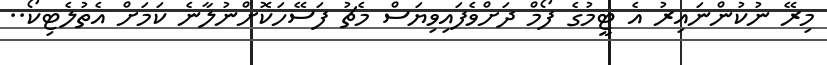
މިރޭ ނުކުންނައިރު އެ ޓީމުގެ ފޯމް ދަށްވެފައިވިޔަސް މެޗު ފަސޭހަކޮށްނުލާނެ ކަމަށް އެތުލެޓިކޯ..